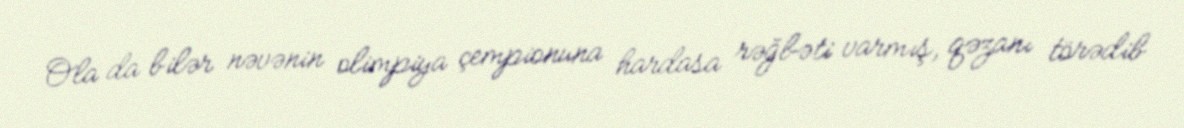
Ola da bilər nəvənin olimpiya çempionuna hardasa rəğbəti varmış, qəzanı törədib